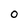
Character: O